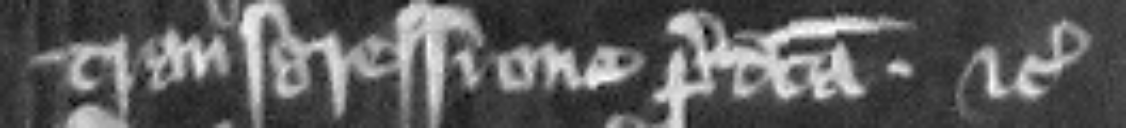
transgressione predicta etc.